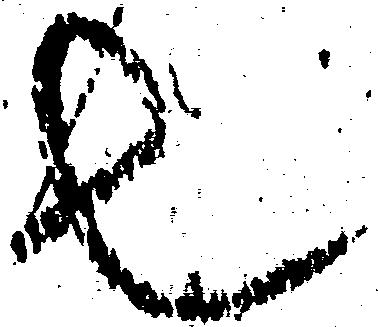
也